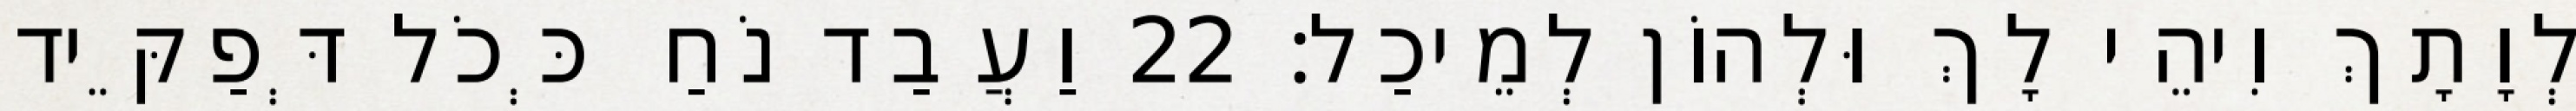
לְוָתָךְ וִיהֵי לָךְ וּלְהוֹן לְמֵיכַל׃ 22 וַעֲבַד נֹחַ כְּכֹל דְּפַקֵּיד